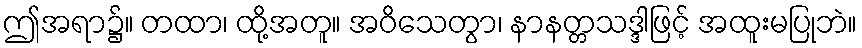
ဤအရာ၌။ တထာ၊ ထို့အတူ။ အဝိသေတွာ၊ နာနတ္တသဒ္ဒါဖြင့် အထူးမပြုဘဲ။